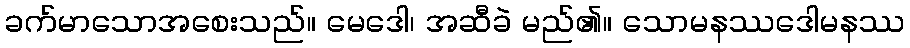
ခက်မာသောအစေးသည်။ မေဒေါ၊ အဆီခဲ မည်၏။ သောမနဿဒေါမနဿ